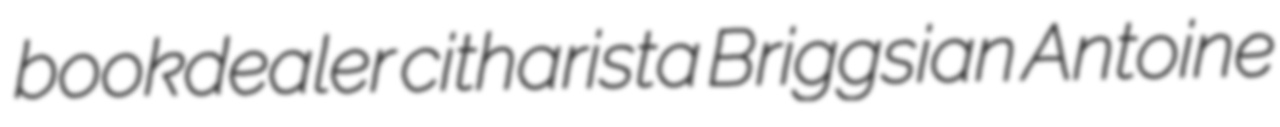
bookdealer citharista Briggsian Antoine